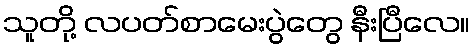
သူတို့ လပတ်စာမေးပွဲတွေ နီးပြီလေ။